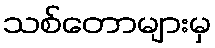
သစ်တောများမှ